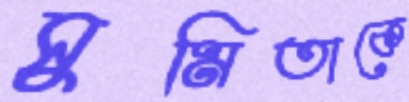
সুমিতাকে